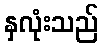
နှလုံးသည်